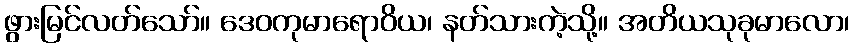
ဖွားမြင်လတ်သော်။ ဒေဝကုမာရောဝိယ၊ နတ်သားကဲ့သို့။ အတိယသုခုမာလော၊